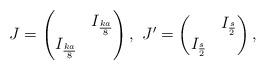
LaTeX: \begin{align*}J= \begin{pmatrix}& I_{\frac{ka}{8}} \\ I_{\frac{ka}{8}}\end{pmatrix}, \ J'= \begin{pmatrix} & I_{\frac{s}{2}} \\I_{\frac{s}{2}} \end{pmatrix},\end{align*}